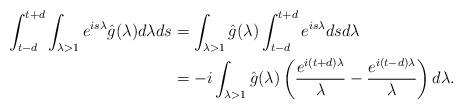
LaTeX: \begin{align*} \int_{t-d}^{t+d} \int_{\lambda> 1} e^{is\lambda} \hat{g}(\lambda) d\lambda ds&= \int_{\lambda> 1} \hat{g}(\lambda) \int_{t-d}^{t+d} e^{is\lambda} ds d\lambda \\ &= -i \int_{\lambda> 1} \hat{g}(\lambda) \left(\frac{e^{i(t+d)\lambda}}{\lambda}- \frac{e^{i(t-d)\lambda}}{\lambda}\right) d\lambda.\end{align*}